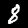
Digit: 8